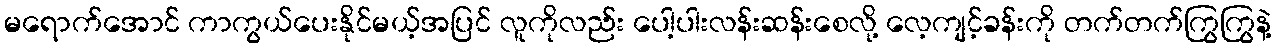
မရောက်အောင် ကာကွယ်ပေးနိုင်မယ့်အပြင် လူကိုလည်း ပေါ့ပါးလန်းဆန်းစေလို့ လေ့ကျင့်ခန်းကို တက်တက်ကြွကြွနဲ့